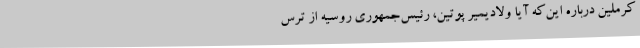
کرملین درباره این‌که آیا ولادیمیر پوتین، رئیس‌جمهوری روسیه از ترس